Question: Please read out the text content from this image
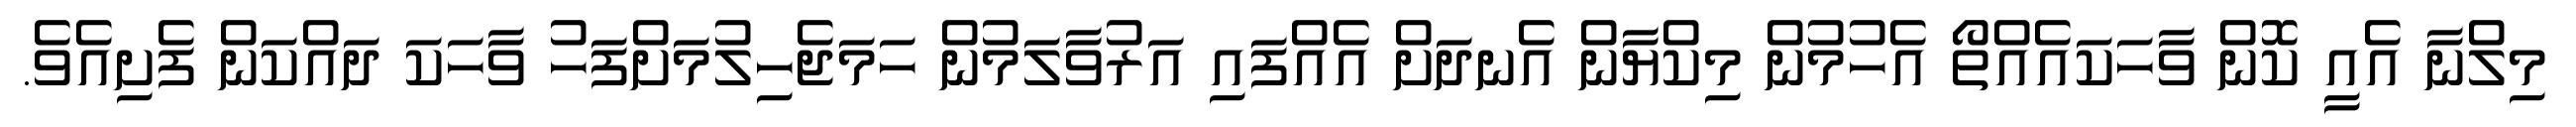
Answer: މިލްނާ އެއީ ކޮން ވާހަކައެއްތޯ އެހުމުން މިކްޔާން އެނދަށް އެއްފައި އަރުވާލަމުން ހަމަޖެހިލުމަށްފަހު ވާހަކަ ދައްކަން ފެށިއެވެ.